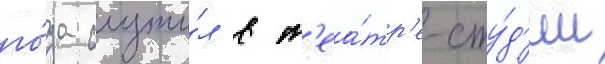
го́да служи́л в т'еа́тр'е-сту́д'ии